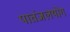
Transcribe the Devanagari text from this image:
पातंजलयोग